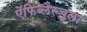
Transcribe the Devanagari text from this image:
ऐंफिब्लैस्चुला